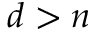
{ d > n }